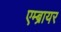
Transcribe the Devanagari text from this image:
एम्ब्रायर